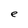
Character: e